Civil Veterinary Dept. North-West Frontier Province 1923-32 - 1923-1932
Year: 1923
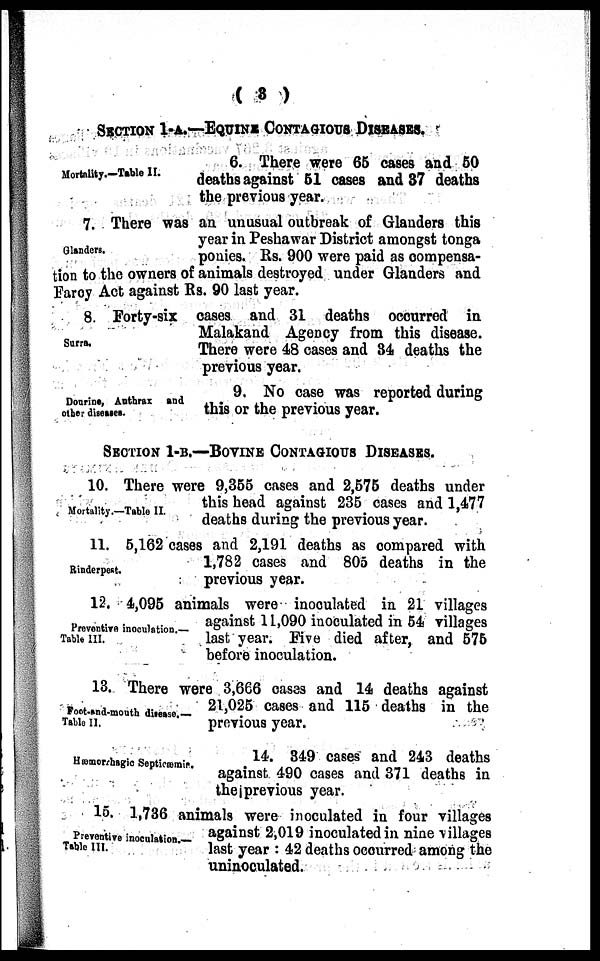
( 3 )
SECTION 1-A.—EQUINE CONTAGIOUS DISEASES.
Mortality.—Table II.
6. There were 65 cases and 50
deaths against 51 cases and 37 deaths
the previous year.
Glanders.
7. There was an unusual outbreak of Glanders this
year in Peshawar District amongst tonga
ponies. Rs. 900 were paid as compensa-
tion to the owners of animals destroyed under Glanders and
Farcy Act against Rs. 90 last year.
Surra.
8. Forty-six cases and 31 deaths occurred in
Malakand Agency from this disease.
There were 48 cases and 34 deaths the
previous year.
Dourine, Anthrax and
other diseases.
9. No case was reported during
this or the previous year.
SECTION 1-B.—BOVINE CONTAGIOUS DISEASES.
Mortality.—Table II.
10. There were 9,355 cases and 2,575 deaths under
this head against 235 cases and 1,477
deaths during the previous year.
Rinderpest.
11. 5,162 cases and 2,191 deaths as compared with
1,782 cases and 805 deaths in the
previous year.
Preventive inoculation.—
Table III.
12. 4,095 animals were inoculated in 21 villages
against 11,090 inoculated in 54 villages
last year. Five died after, and 575
before inoculation.
Foot-and-mouth disease.—
Table II.
13. There were 3,666 cases and 14 deaths against
21,025 cases and 115 deaths in the
previous year.
Hæmorrhagic Septicæmia.
14. 349 cases and 243 deaths
against 490 cases and 371 deaths in
the previous year.
Preventive inoculation.
Table III.
15. 1,736 animals were inoculated in four villages
against 2,019 inoculated in nine villages
last year: 42 deaths occurred among the
uninoculated.